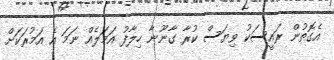
އެގޮތުން ރައީސަކު ވިޔަސް ކުރާ ގާނޫނާ ހިލާފު އަމަލެއް ނަމަ އެ އަމުރަކަށް